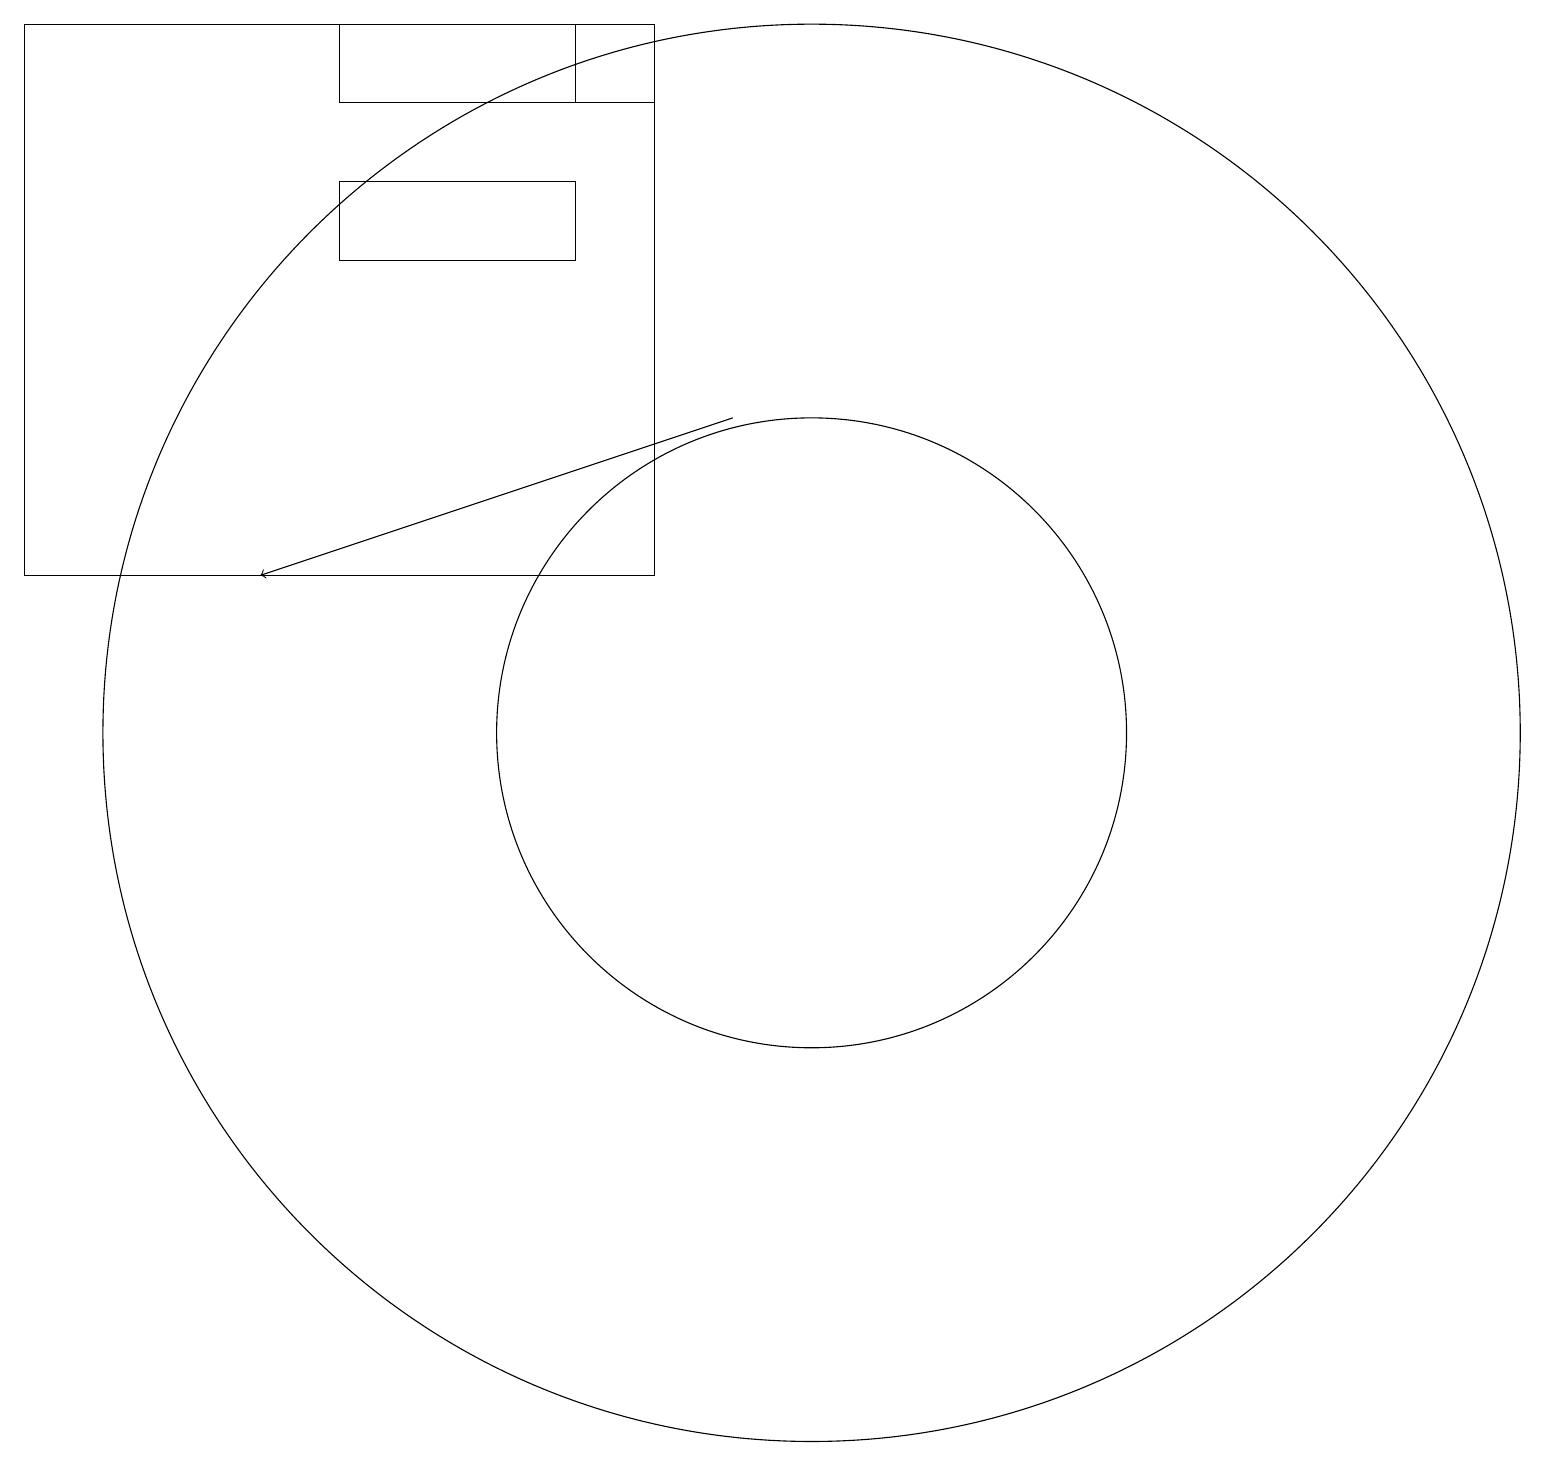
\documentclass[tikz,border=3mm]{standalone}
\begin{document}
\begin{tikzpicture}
\draw (10,10) circle (9);
\draw (8,18) rectangle (7,19);
\draw (10,10) circle (4);
\draw (8,12) rectangle (0,19);
\draw (7,19) rectangle (4,18);
\draw (6,12) rectangle (4,12);
\draw (4,16) rectangle (7,17);
\draw[->] (9,14) -- (3,12);
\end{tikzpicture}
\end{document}